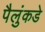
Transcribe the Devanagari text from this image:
पैलुंकडे